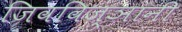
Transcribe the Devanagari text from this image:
जिवविज्ञानी